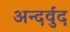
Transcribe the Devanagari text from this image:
अन्दर्वुद